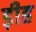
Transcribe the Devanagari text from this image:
ड़ीह